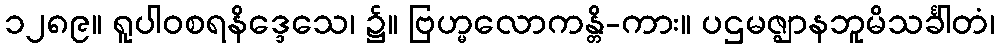
၁၂၈၉။ ရူပါဝစရနိဒ္ဒေသေ၊ ၌။ ဗြဟ္မလောကန္တိ-ကား။ ပဌမဇ္ဈာနဘူမိသင်္ခါတံ၊